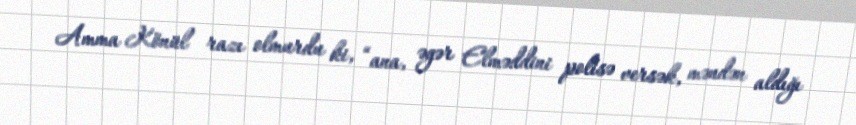
Amma Könül razı olmurdu ki, “ana, əgər Elməddini polisə versək, məndən aldığı